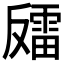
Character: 𫩍